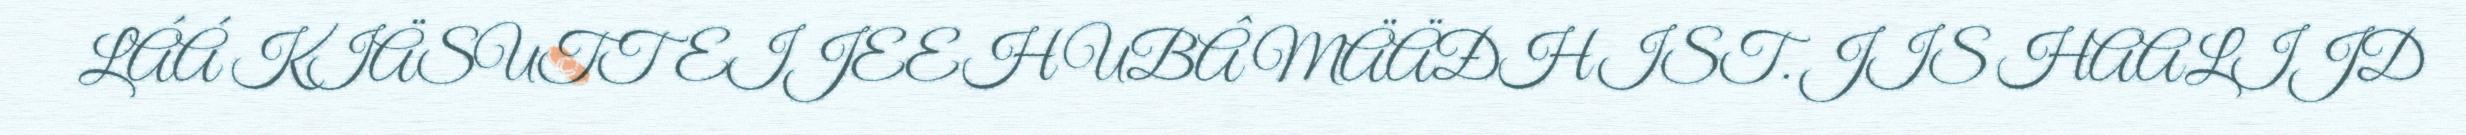
LÁÁ KIÄSUTTEIJEEH UBÂ MÄÄĐHIST. JIS HAALIJD